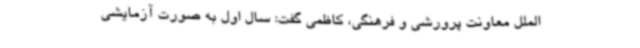
الملل معاونت پرورشی و فرهنگی،‌ کاظمی گفت: سال اول به صورت آزمایشی